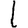
Digit: 1